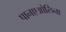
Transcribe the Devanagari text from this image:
पानएओलिना